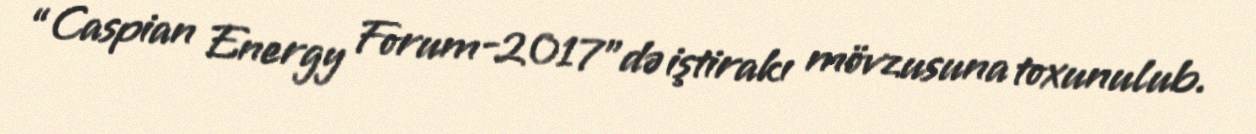
“Caspian Energy Forum-2017”də iştirakı mövzusuna toxunulub.